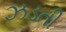
ઝડતી